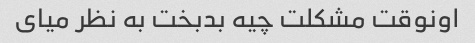
اونوقت مشکلت چیه بدبخت به نظر میای